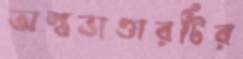
অস্ত্রভাণ্ডারটির